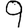
Digit: 9